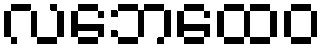
လဘေထေဝ